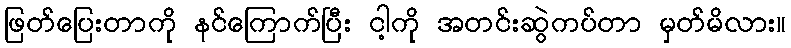
ဖြတ်ပြေးတာကို နင်ကြောက်ပြီး ငါ့ကို အတင်းဆွဲကပ်တာ မှတ်မိလား။